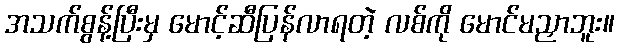
အသက်စွန့်ပြီးမှ မောင့်ဆီပြန်လာရတဲ့ လစ်ကို မောင်မညှာဘူး။